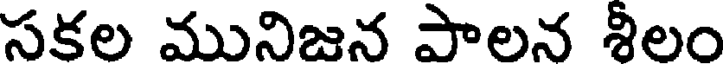
సకల మునిజన పాలన శీలం